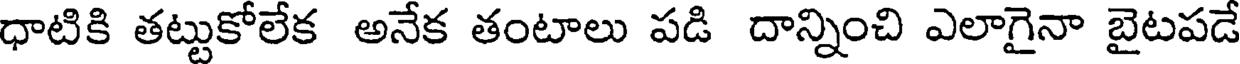
ధాటికి తట్టుకోలేక అనేక తంటాలు పడి దాన్నించి ఎలాగైనా బైటపడే